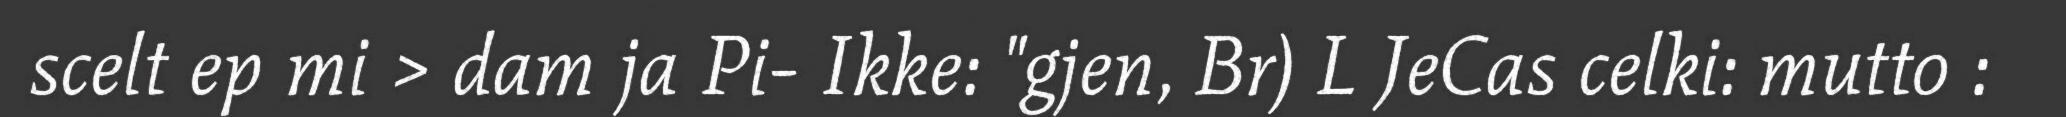
scelt ep mi > dam ja Pi- Ikke: "gjen, Br) L JeCas celki: mutto :